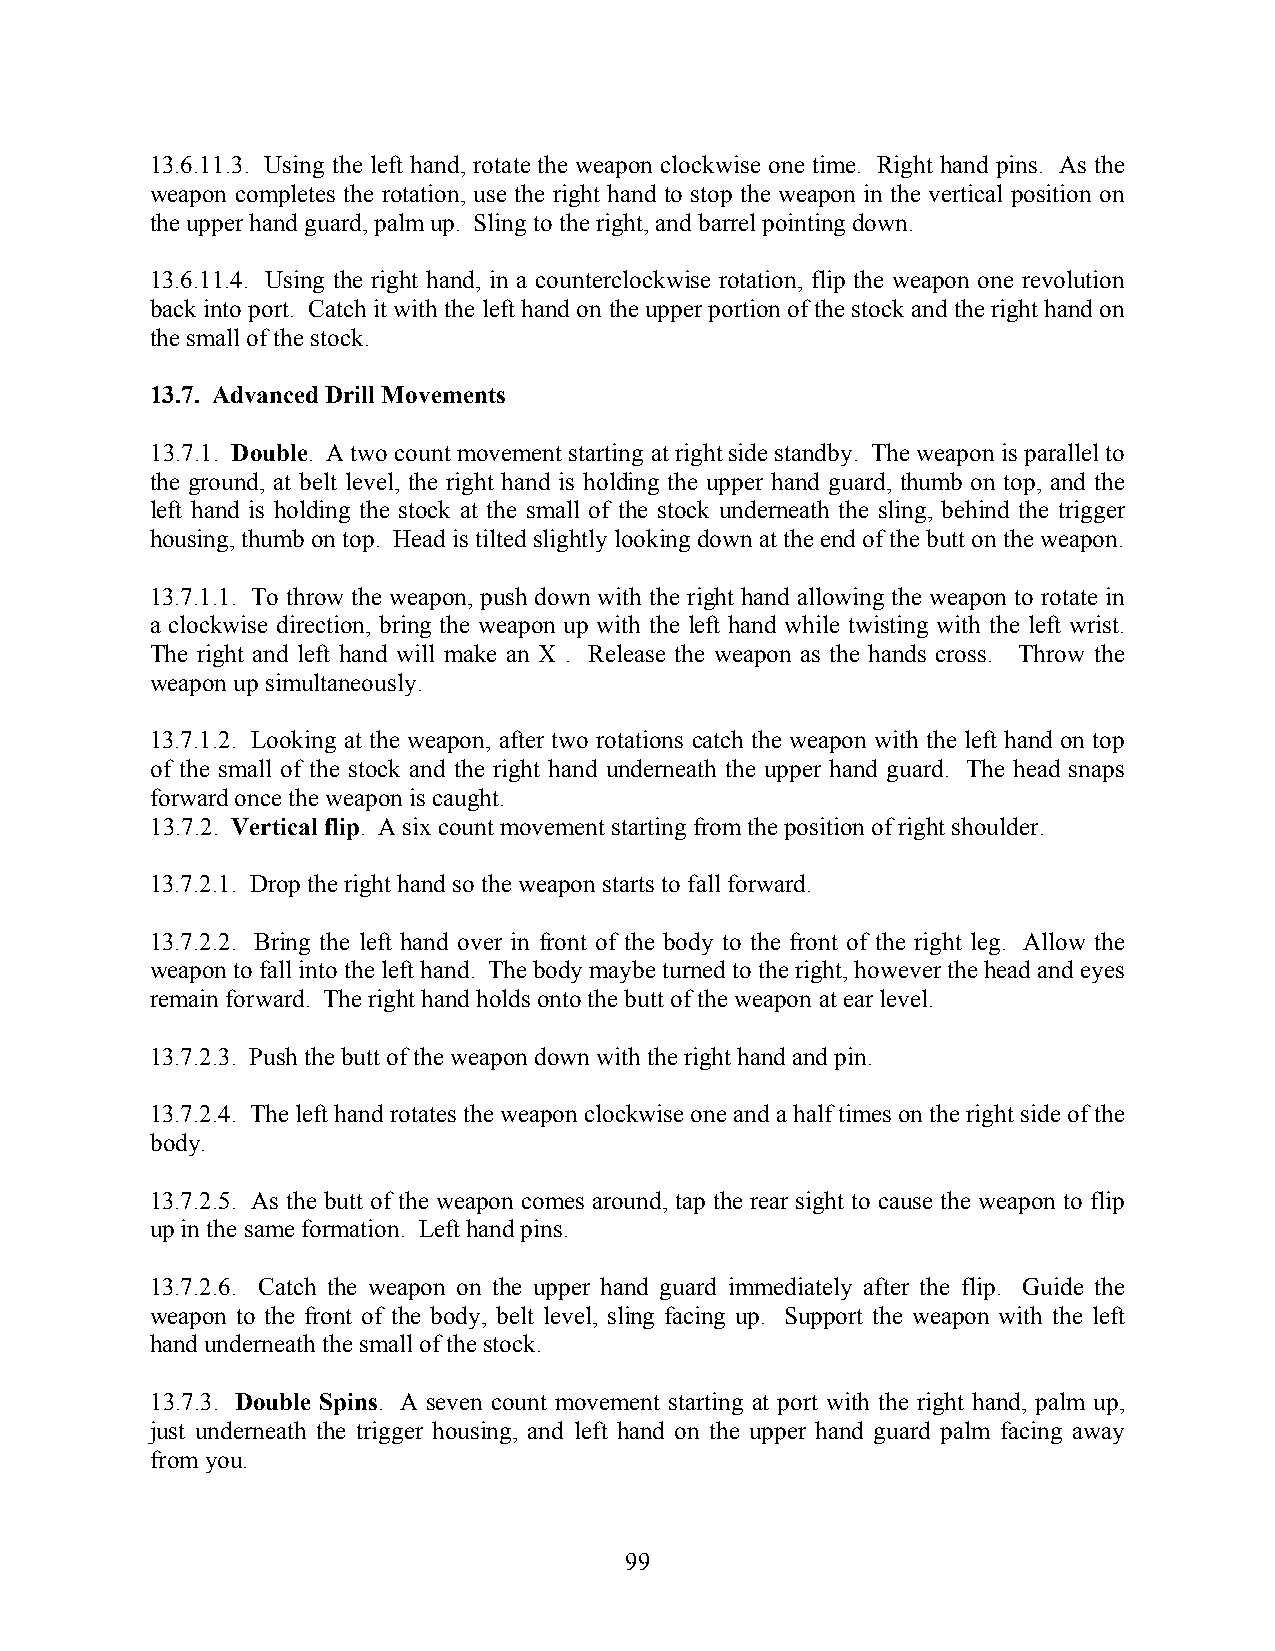
13.6.11.3. Using the left hand, rotate the weapon clockwise one time. Right hand pins. As the
 weapon completes the rotation, use the right hand to stop the weapon in the vertical position on
 the upper hand guard, palm up. Sling to the right, and barrel pointing down.
 13.6.11.4. Using the right hand, in a counterclockwise rotation, flip the weapon one revolution
 back into port. Catch it with the left hand on the upper portion of the stock and the right hand on
 the small of the stock.
 13.7. Advanced Drill Movements
 13.7.1. Double. A two count movement starting at right side standby. The weapon is parallel to
 the ground, at belt level, the right hand is holding the upper hand guard, thumb on top, and the
 left hand is holding the stock at the small of the stock underneath the sling, behind the trigger
 housing, thumb on top. Head is tilted slightly looking down at the end of the butt on the weapon.
 13.7.1.1. To throw the weapon, push down with the right hand allowing the weapon to rotate in
 a clockwise direction, bring the weapon up with the left hand while twisting with the left wrist.
 The right and left hand will make an X . Release the weapon as the hands cross. Throw the
 weapon up simultaneously.
 13.7.1.2. Looking at the weapon, after two rotations catch the weapon with the left hand on top
 of the small of the stock and the right hand underneath the upper hand guard. The head snaps
 forward once the weapon is caught.
 13.7.2. Vertical flip. A six count movement starting from the position of right shoulder.
 13.7.2.1. Drop the right hand so the weapon starts to fall forward.
 13.7.2.2. Bring the left hand over in front of the body to the front of the right leg. Allow the
 weapon to fall into the left hand. The body maybe turned to the right, however the head and eyes
 remain forward. The right hand holds onto the butt of the weapon at ear level.
 13.7.2.3. Push the butt of the weapon down with the right hand and pin.
 13.7.2.4. The left hand rotates the weapon clockwise one and a half times on the right side of the
 body.
 13.7.2.5. As the butt of the weapon comes around, tap the rear sight to cause the weapon to flip
 up in the same formation. Left hand pins.
 13.7.2.6. Catch the weapon on the upper hand guard immediately after the flip. Guide the
 weapon to the front of the body, belt level, sling facing up. Support the weapon with the left
 hand underneath the small of the stock.
 13.7.3. Double Spins. A seven count movement starting at port with the right hand, palm up,
 just underneath the trigger housing, and left hand on the upper hand guard palm facing away
 from you.
 99